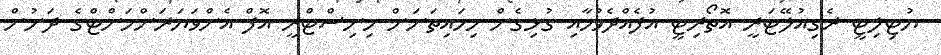
ޔުޓިލިޓީ ރެގިއުލޭޓަރީ އޮތޯރިޓީ އުފެއްދެވުމާއި ގުޅިގެން މިހައިތަނަށް މިނިސްޓްރީ އޮފް އެންވަޔަރަންމަންޓްގެ ދަށުން